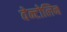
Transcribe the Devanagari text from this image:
वेन्टोलिन